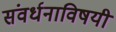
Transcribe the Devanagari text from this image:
संवर्धनाविषयी